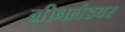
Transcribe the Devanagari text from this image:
ग्रीनलंडवर